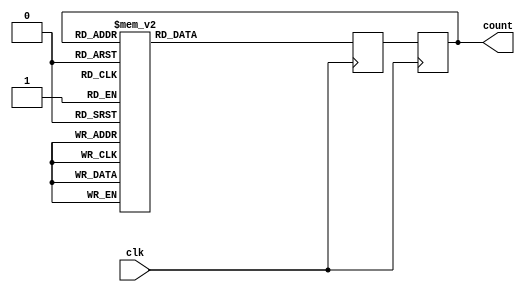
module GrayCounterDivider (
    input wire clk,
    output wire [3:0] count
);

reg [3:0] gray_count;
reg [3:0] next_gray_count;

always @ (posedge clk) begin
    case(gray_count)
        4'b0000: next_gray_count <= 4'b0001;
        4'b0001: next_gray_count <= 4'b0011;
        4'b0011: next_gray_count <= 4'b0010;
        4'b0010: next_gray_count <= 4'b0110;
        4'b0110: next_gray_count <= 4'b0100;
        4'b0100: next_gray_count <= 4'b1100;
        4'b1100: next_gray_count <= 4'b1000;
        4'b1000: next_gray_count <= 4'b0000;
        default: next_gray_count <= 4'b0000;
    endcase
end

always @ (posedge clk) begin
    gray_count <= next_gray_count;
end

assign count = gray_count;

endmodule